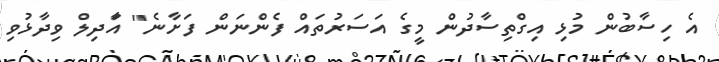
އެ ހިސާބުން މުޅި އިގްތިސާދުން މީގެ އަސަރުތައް ފެންނަން ފަށާނެ" އަާދިލް ވިދާޅުވި